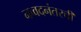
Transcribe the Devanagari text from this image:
नव्वदनंतरची